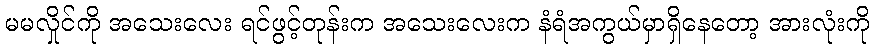
မမလှိုင်ကို အသေးလေး ရင်ဖွင့်တုန်းက အသေးလေးက နံရံအကွယ်မှာရှိနေတော့ အားလုံးကို